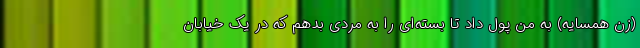
(زن همسایه) به من پول داد تا بسته‌ای را به مردی بدهم که در یک خیابان